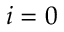
i = 0